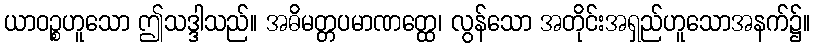
ယာဝဉ္စဟူသော ဤသဒ္ဒါသည်။ အဓိမတ္တပမာဏတ္ထေ၊ လွန်သော အတိုင်းအရှည်ဟူသောအနက်၌။